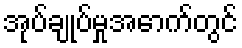
အုပ်ချုပ်မှုအောက်တွင်